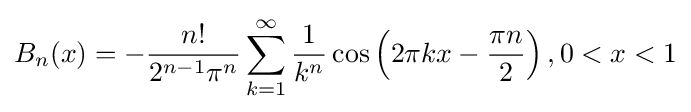
B_{n}(x)=-{\frac {n!}{2^{n-1}\pi ^{n}}}\sum _{k=1}^{\infty }{\frac {1}{k^{n}}}\cos \left(2\pi kx-{\frac {\pi n}{2}}\right),0<x<1